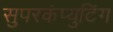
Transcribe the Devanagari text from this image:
सुपरकंप्युटिंग